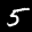
Label: 5